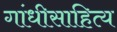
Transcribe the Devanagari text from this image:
गांधीसाहित्य